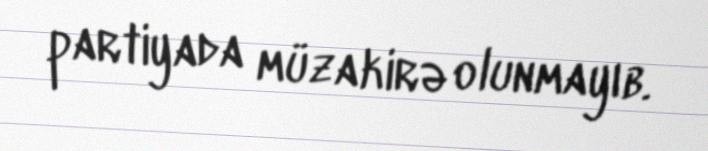
partiyada müzakirə olunmayıb.